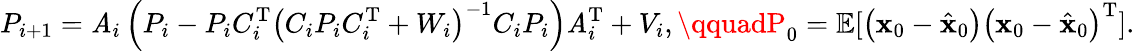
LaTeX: P_{i+1}=\mathit{A}_{i}\left(P_{i}-P_{i}C_{i}^{\mathrm{{T}}}\left(C_{i}P_{i}C_{i}^{\mathrm{{T}}}+W_{i}\right)^{-1}C_{i}P_{i}\right)\mathit{A}_{i}^{\mathrm{{T}}}+V_{i},\qquadP_{0}=\mathbb{{E}}[\left({\mathbf{{x}}}_{0}-{\hat{{\mathbf{{x}}}}}_{0}\right)\left({\mathbf{{x}}}_{0}-{\hat{{\mathbf{{x}}}}}_{0}\right)^{\mathrm{{T}}}].